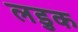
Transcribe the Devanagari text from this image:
लडुक